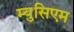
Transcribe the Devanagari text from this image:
म्युसिएम